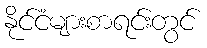
နိုင်ငံများစာရင်းတွင်